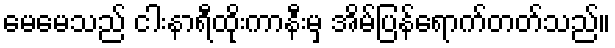
မေမေသည် ငါးနာရီထိုးကာနီးမှ အိမ်ပြန်ရောက်တတ်သည်။